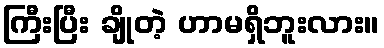
ကြီးပြီး ချိုတဲ့ ဟာမရှိဘူးလား။